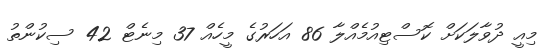
މިއީ ދުވާލަކަށް ކޮސްޓިއުމެއްލާ 86 އަހަރުގެ މީހެއް 37 މިނެޓް 42 ސިކުންތު